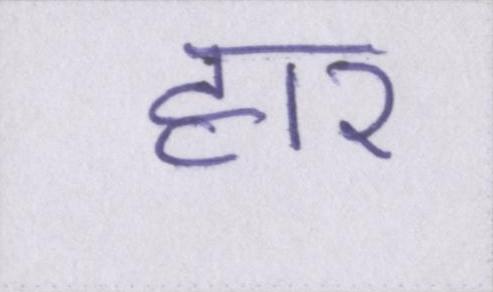
हार